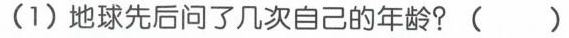
(1)地球先后问了几次自己的年龄?( )